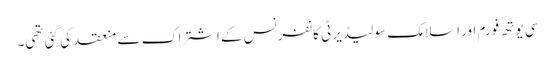
سی یوتھ فورم اور اسلامک سولیڈیرٹی کانفرنس کے اشتراک سے منعقد کی گئی تھی۔